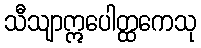
သီသျာဣပေါတ္ထကေသု